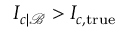
I _ { c | \mathcal { B } } > I _ { c , \mathrm { t r u e } }